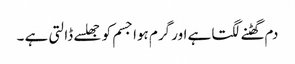
دم گھٹنے لگتا ہے اور گرم ہوا جسم کو جھلسے ڈالتی ہے ۔